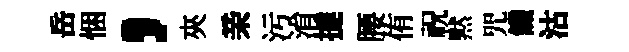
岳悃，夾亲污㳙撻腰侑祝黙咒饑沽